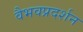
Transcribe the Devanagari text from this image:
वैभवप्रदर्शन